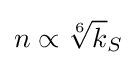
n\propto {\sqrt[{6}]{k}}_{S}